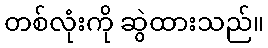
တစ်လုံးကို ဆွဲထားသည်။